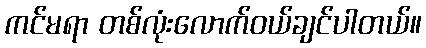
ကင်မရာ တစ်လုံးလောက်ဝယ်ချင်ပါတယ်။